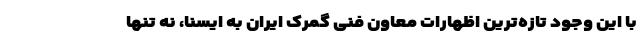
با این وجود تازه‌ترین اظهارات معاون فنی گمرک ایران به ایسنا، نه تنها